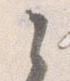
之